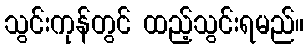
သွင်းကုန်တွင် ထည့်သွင်းရမည်။